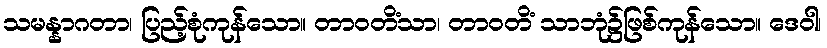
သမန္နာဂတာ၊ ပြည့်စုံကုန်သော။ တာဝတိံသာ၊ တာဝတိံ သာဘုံ၌ဖြစ်ကုန်သော။ ဒေဝါ၊